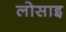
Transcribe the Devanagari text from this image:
लोसाइ